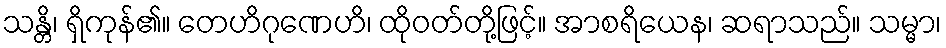
သန္တိ၊ ရှိကုန်၏။ တေဟိဂုဏေဟိ၊ ထိုဝတ်တို့ဖြင့်။ အာစရိယေန၊ ဆရာသည်။ သမ္မာ၊